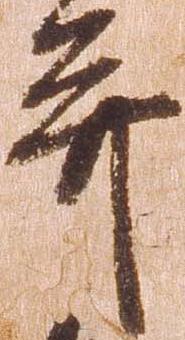
并